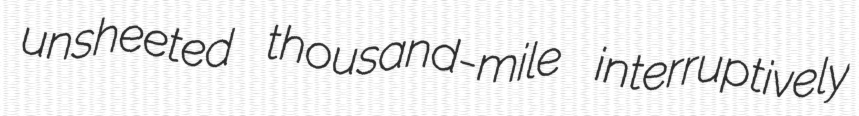
unsheeted thousand-mile interruptively